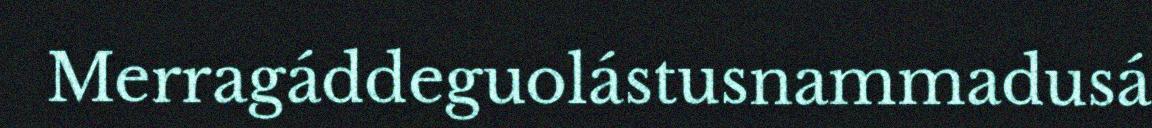
Merragáddeguolástusnammadusá